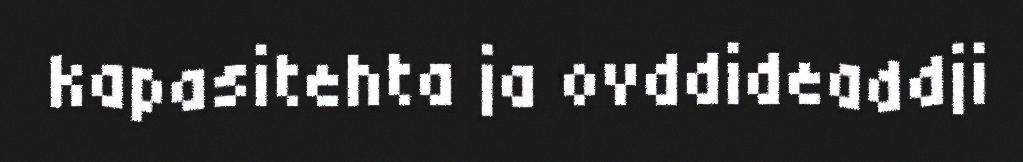
kapasitehta ja ovddideaddji